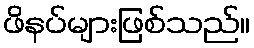
ဖိနပ်များဖြစ်သည်။